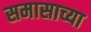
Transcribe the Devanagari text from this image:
समासाच्या